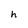
Character: h